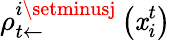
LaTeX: \rho_{t\leftarrow}^{i\setminusj}\left(\mathit{x}_{i}^{t}\right)